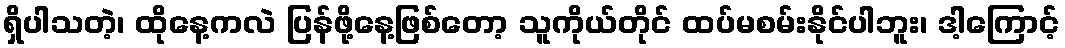
ရှိပါသတဲ့၊ ထိုနေ့ကလဲ ပြန်ဖို့နေ့ဖြစ်တော့ သူကိုယ်တိုင် ထပ်မစမ်းနိုင်ပါဘူး၊ ဒါ့ကြောင့်